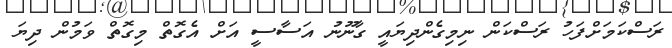
ރަސްކަމަށްފަހު ރަސްކަން ނިމިގެންދިޔައީ ގާނޫނު އަސާސީ އަށް އެގޮތް މިގޮތް ވަމުން ދިޔަ